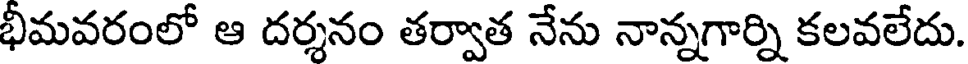
భీమవరంలో ఆ దర్శనం తర్వాత నేను నాన్నగార్ని కలవలేదు.